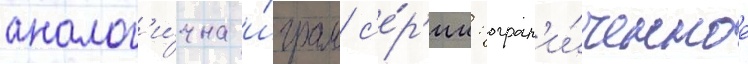
аналог'и́чна и́грам с'е́р'ии: огран'и́ченное